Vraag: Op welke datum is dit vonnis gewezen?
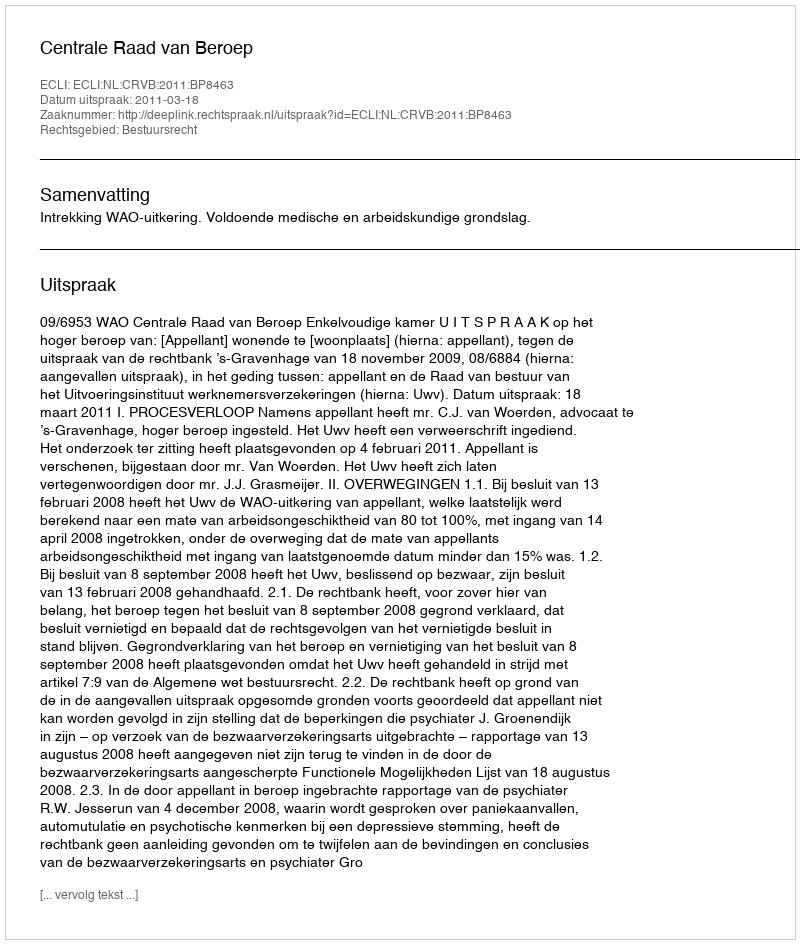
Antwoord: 2011-03-18